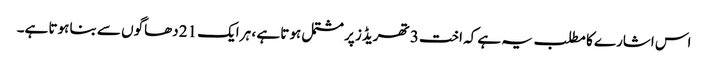
اس اشارے کا مطلب یہ ہے کہ اخت 3 تھریڈز پر مشتمل ہوتا ہے ، ہر ایک 21 دھاگوں سے بنا ہوتا ہے۔